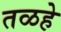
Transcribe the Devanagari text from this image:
तळहे